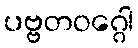
ပဗ္ဗတဝဂ္ဂေါ